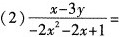
(2)$$ \frac{ x - 3 y } { - 2 } x ^ 2 - 2 x + 1 }$$